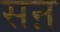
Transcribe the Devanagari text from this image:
सऩ